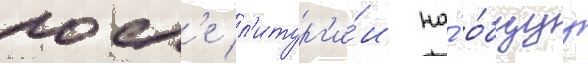
посл'е л'итург'и́и на́ о́бщуу